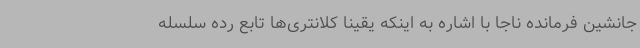
جانشین فرمانده ناجا با اشاره به اینکه یقیناً کلانتری‌ها تابع رده سلسله